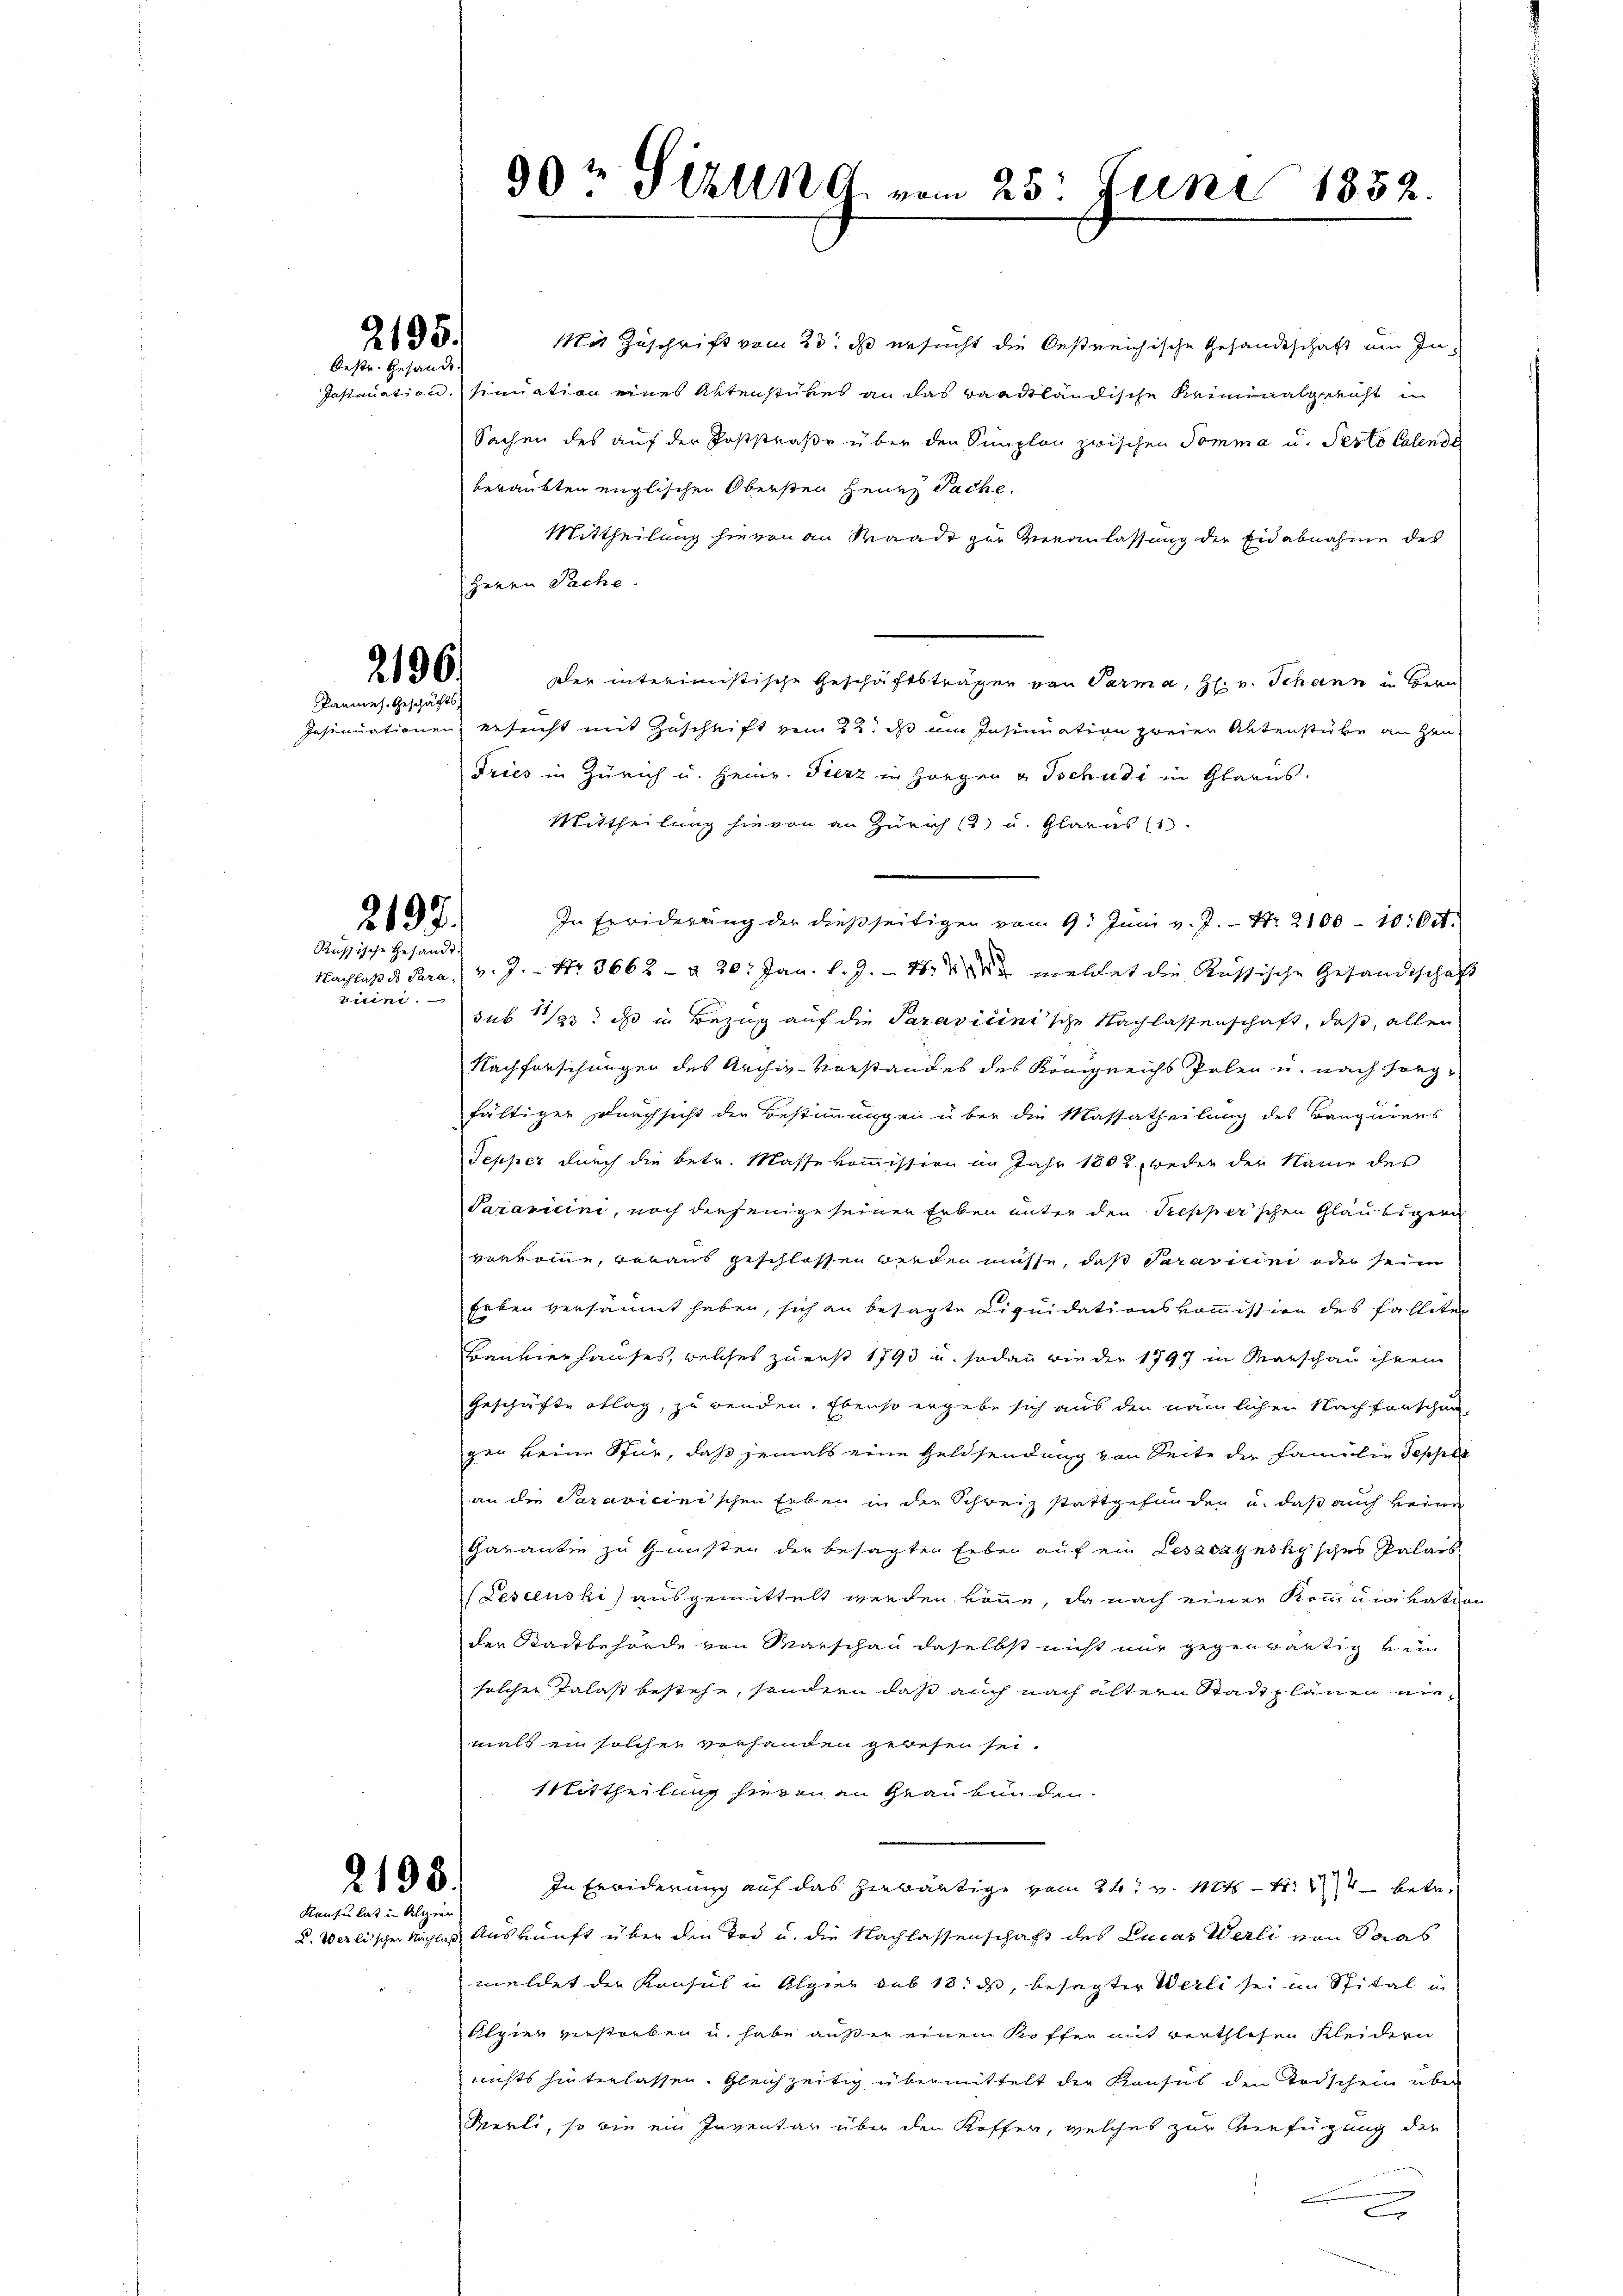
2195.
Oestr. Gesandt

2196.
Pannes. Geschäfts¬

2197.
Russische Gesandt.

vicini.

2198.
Konsulat in Algier

Mit Zuschrift vom 23t d ersucht die Oestreichische Gesandtschaft um In¬
Insinuation, sinuation eines Aktenstükes an das waadtländische Reiminalgericht un
Sachen des auf der Poststraße über den Simplon zwischen Tomma u. Pesto Calende
beraubten englischen Obersten Herrn Sache.
Mittheilung hievon an Waadt zur Veranlassung der Eidabnahme des
Herrn Sache.
Der interimistische Geschäftsträger von Parma, H. v. Schann in Bern
Insinuationen besucht mit Zuschrift von 22. ds um Insinuation zweier Aktenstube an Hen
Tries in Zürich u. Heinr. Fierz in Horgen v. Tschudi in Glarus.
Mittheilung hievon an Zürich (2) u. Glarus (1
In Erwiderŭng der dießseitigen von 9. Jŭni v. J. Nr. 2100 - 10. Oct.
Nachlaß ds Para v. J. Nr. 3662 — § 20. Jan. l. J. 1871 meldet die Russische Gesandtschaft
sub 1 1/23. ds in Bezug auf die Paravicinische Nachlassenschaft, daß, allen
Nachforschungen des Archiv-Vorstandes des Königreichs Polen u. nach sorg-
fältiger Durchsicht der Bestimmungen über die Massatheilung des Banquiers
Sepper durch die betr. Massekommission im Jahr 1808, weder der Name des
Paravicini, noch derjenige seiner Erben unter den Trepper’schen Gläubiger
verkomme, voraus geschlossen werden müsse, daß Paravicini oder sein
heben versäumt haben, sich an besagte Liquidationskommission des Falleten
Banvierhauses, welches zuerst 1793 u. sodann wie der 1797 in Marschau ihrem
Geschäfte oblag, zu wenden. Ebenso ergebe sich aus den nämlichen Nachforschun-
gen keine Stur, daß jemals eine Geldsendung von Seite der Familie Sepple
an die Paravicinischen Erben in den Schweiz stattgefunden u. daß auch verne
Garantin zu Gunsten der besagten Erben auf ein Leszczynsky'sches Palais
(Lescenski ausgemittelt werden könne, da nach einer Kommunikaten
der Stadtbehörde von Marschau daselbst nicht nur gegenwärtig kein
solcher Talast bestehe, sondern daß auch nach ältern Stadtplänen niemals ein solcher vorhanden gewesen sei.
Mittheilung hievon an Graubünden.
In Erwiderung auf das herwärtige vom 24t v. Mts. 114 betr.
u. Verlischer Nachlaß Auskunft über den Tod u. die Nachlassenschaft des Lucas Werli von Saas
meldet der Konsul in Alpier sub 18. ds, besagter Werli sei im Spital in
Alpier verstorben u. habe außer einem Koffen mit verthlesen Kleidern
nichts hinterlassen. Gleichzeitig übermittelt der Konsul den Todschein über
Merli, so wie ein Inventar über den Koffer, welches zur Verfügung der
2

90t Sizung vom 25. Juni 1852.